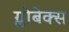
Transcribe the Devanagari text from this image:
ग्लोबेक्स